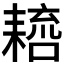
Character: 𦔑